Annual report of the Civil Veterinary Department, Bengal, for the year 1895-96 - 1895-1896
Year: 1895
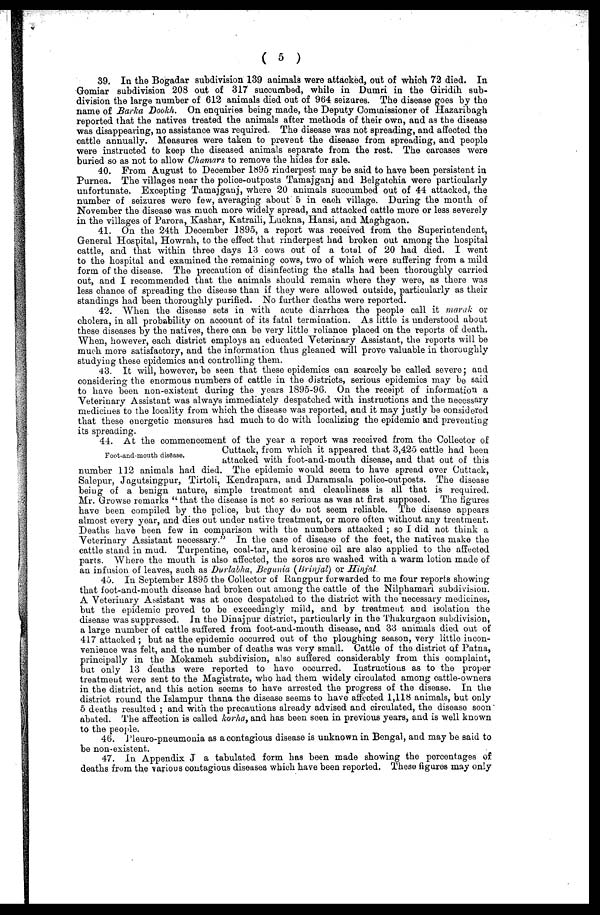
(5)
39. In the Bogadar subdivision 139 animals were attacked, out of which 72 died. In
Gomiar subdivision 208 out of 317 succumbed, while in Dumri in the Giridih sub-
division the large number of 612 animals died out of 964 seizures. The disease goes by the
name of Barka Dookh. On enquiries being made, the Deputy Commissioner of Hazaribagh
reported that the natives treated the animals after methods of their own, and as the disease
was disappearing, no assistance was required. The disease was not spreading, and affected the
cattle annually. Measures were taken to prevent the disease from spreading, and people
were instructed to keep the diseased animals separate from the rest. The carcases were
buried so as not to allow Chamars to remove the hides for Bale.
40. From August to December 1895 rinderpest may be said to have been persistent in
Purnea. The villages near the police-outposts Tamajganj and Belgatchia were particularly
unfortunate. Excepting Tamajganj, where 20 animals succumbed out of 44 attacked, the
number of seizures were few, averaging about 5 in each village. During the month of
November the disease was much more widely spread, and attacked cattle more or less severely
in the villages of Parora, Kashar, Katraili, Luckna, Hansi, and Maghgaon.
41. On the 24th December 1895, a report was received from the Superintendent,
General Hospital, Howrah, to the effect that rinderpest had broken out among the hospital
cattle, and that within three days 13 cows out of a total of 20 had died. I went
to the hospital and examined the remaining cows, two of which were suffering from a mild
form of the disease. The precaution of disinfecting the stalls had been thoroughly carried
out, and I recommended that the animals should remain whore they were, as there was
less chance of spreading the disease than if they were allowed outside, particularly as their
standings had been thoroughly purified. No further deaths were reported.
42. When the disease sets in with acute diarrhæa the people call it morak or
cholera, in all probability on acoount of its fatal termination. As little is understood about
these diseases by the natives, there can be very little reliance placed on the reports of death.
When, however, each district employs an educated Veterinary Assistant, the reports will be
much more satisfactory, and the information thus gleaned will prove valuable in thoroughly
studying these epidemics and controlling them.
43. It will, however, be seen that these epidemics can scarcely be called severe; and
considering the enormous numbers of cattle in the districts, serious epidemics may be said
to have been non-existent during the years 1895-96. On the receipt of information a
Veterinary Assistant was always immediately despatched with instructions and the necessary
medicines to the locality from which the disease was reported, and it may justly be considered
that these energetic measures had much to do with localizing the epidemic and preventing
its spreading.
Foot-and-mouth disease.
44. At the commencement of the year a report was received from the Collector of
Cuttack, from which it appeared that 3,425 cattle had been
attacked with foot-and-mouth disease, and that out of this
number 112 animals had died. The epidemic would seem to have spread over Cuttack,
Salepur, Jagutsingpur, Tirtoli, Kendrapara, and Daramsala police-outposts. The disease
being of a benign nature, simple treatment and cleanliness is all that is required.
Mr. Growse remarks " that the disease is not so serious as was at first supposed. The figures
have been compiled by the police, but they do not seem reliable. The disease appears
almost every year, and dies out under native treatment, or more often without any treatment.
Deaths have been few in comparison with the numbers attacked ; so I did not think a
Veterinary Assistant necessary." In the case of disease of the feet, the natives make the
cattle stand in mud. Turpentine, coal-tar, and kerosine oil are also applied to the affected
parts. Where the mouth is also affected, the sores are washed with a warm lotion made of
an infusion of leaves, such as Durlabha, Begunia (Brinjal) or Hinjal
45. In September 1895 the Collector of Rangpur forwarded to me four reports showing
that foot-and-mouth disease had broken out among the cattle of the Nilphamari subdivision.
A Veterinary Assistant was at once despatched to the district with the necessary medicines,
but the epidemic proved to be exceedingly mild, and by treatment and isolation the
disease was suppressed. In the Dinajpur district, particularly in the Thakurgaon subdivision,
a large number of cattle suffered from foot-and-mouth disease, and 33 animals died out of
417 attacked ; but as the epidemic oocurred out of the ploughing season, very little incon-
venience was felt, and the number of deaths was very small. Cattle of the district of Patna,
principally in the Mokameh subdivision, also suffered considerably from this complaint,
but only 13 deaths were reported to have occurred. Instructions as to the proper
treatment were sent to the Magistrate, who had them widely circulated among cattle-owners
in the district, and this action seems to have arrested the progress of the disease. In the
district round the Islampur thana the disease seems to have affected 1,118 animals, but only
5 deaths resulted ; and with the precautions already advised and circulated, the disease soon
abated. The affection is called korha, and has been seen in previous years, and is well known
to the people.
46. Pleuro-pneumouia as a contagious disease is unknown in Bengal, and may be said to
be non-existent.
47. In Appendix J a tabulated form has been made showing the percentages of
deaths from the various contagious diseases which have been reported. These figures may only